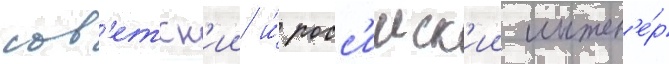
сов'етск'ии и́ росс'ииск'ии инжен'е́р